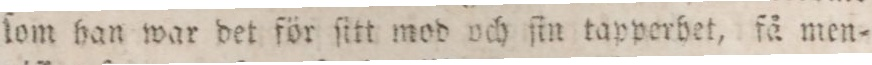
ſom han war det för ſitt mod och ſin tapperhet, få men=